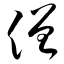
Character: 僧